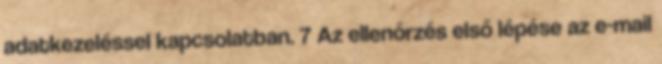
adatkezeléssel kapcsolatban. 7 Az ellenőrzés első lépése az e-mail